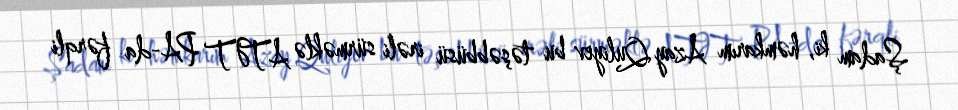
Şadam ki, həmkarım Azay Quliyev bu təşəbbüsü irəli sürməklə ATƏT PA-da fərqli